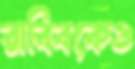
রাব্বিকেও